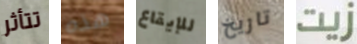
تتأثر هذه للإيقاع تاريخ زيت